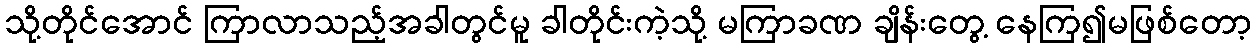
သို့တိုင်အောင် ကြာလာသည့်အခါတွင်မူ ခါတိုင်းကဲ့သို့ မကြာခဏ ချိန်းတွေ့ နေကြ၍မဖြစ်တော့